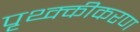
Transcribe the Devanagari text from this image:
पृथ्क्कीकरण